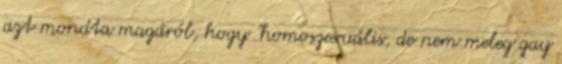
azt mondta magáról, hogy "homoszexuális, de nem meleg gay